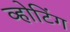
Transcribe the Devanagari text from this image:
व्होटिंग